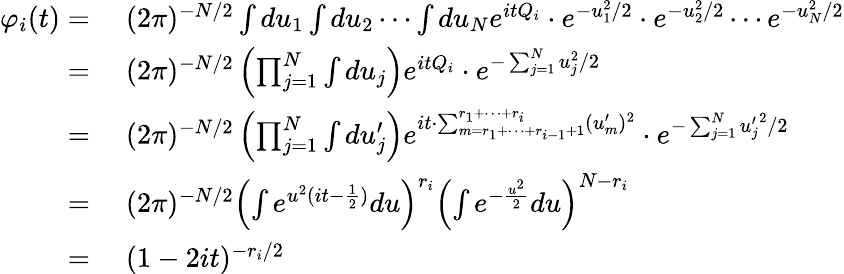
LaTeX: \begin{array}{rl}{\varphi_{i}(t)={}}&{{}(2\pi)^{-N/2}\int du_{1}\int du_{2}\cdots\int du_{N}e^{itQ_{i}}\cdot e^{-u_{1}^{2}/2}\cdot e^{-u_{2}^{2}/2}\cdots e^{-u_{N}^{2}/2}}\\ {={}}&{{}(2\pi)^{-N/2}\left(\prod_{j=1}^{N}\int du_{j}\right)e^{itQ_{i}}\cdot e^{-\sum_{j=1}^{N}u_{j}^{2}/2}}\\ {={}}&{{}(2\pi)^{-N/2}\left(\prod_{j=1}^{N}\int du_{j}^{\prime}\right)e^{it\cdot\sum_{m=r_{1}+\cdots+r_{i-1}+1}^{r_{1}+\cdots+r_{i}}(u_{m}^{\prime})^{2}}\cdot e^{-\sum_{j=1}^{N}{u_{j}^{\prime}}^{2}/2}}\\ {={}}&{{}(2\pi)^{-N/2}\left(\int e^{u^{2}(it-{\frac{1}{2}})}du\right)^{r_{i}}\left(\int e^{-{\frac{u^{2}}{2}}}du\right)^{N-r_{i}}}\\ {={}}&{{}(1-2it)^{-r_{i}/2}}\end{array}